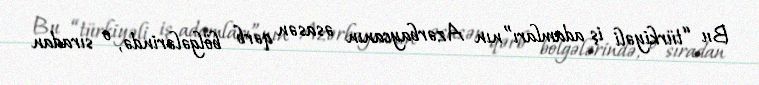
Bu “türkiyəli iş adamları”nın Azərbaycanın əsasən qərb bölgələrində, o sıradan